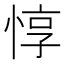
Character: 惇